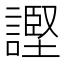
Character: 𫍊